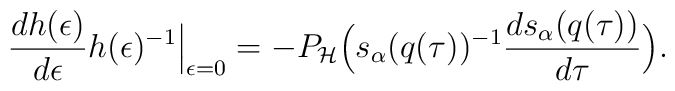
\Bigr.		\frac{ d h ( \epsilon ) }{ d \epsilon }		h(\epsilon)^{-1}	\Bigr|_{ \epsilon = 0 }	=	- P_{ \cal H }		\Bigl(			s_\alpha ( q ( \tau ) )^{ -1 }			\frac{ d s_\alpha ( q ( \tau ) ) }{ d \tau }		\Bigr).